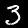
Digit: 3